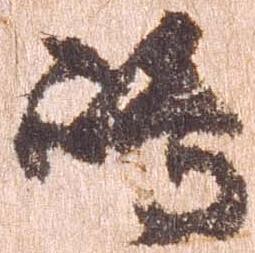
島